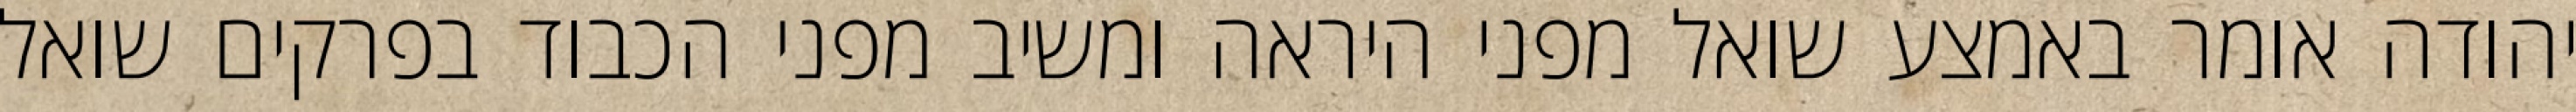
יהודה אומר באמצע שואל מפני היראה ומשיב מפני הכבוד בפרקים שואל